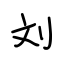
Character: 刘